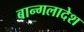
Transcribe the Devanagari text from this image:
बान्गलादेश